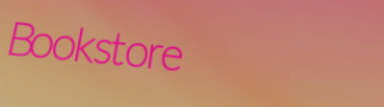
Bookstore